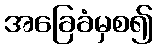
အခြေခံမှစ၍